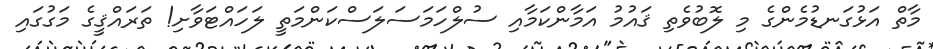
މާތް އަޅުގަނޑުމެންގެ މި ލޮބުވެތި ޤައުމު އަމާންކަމާއި ސުލްހަމަސަލަސްކަންމަތީ ލަހައްޓަވާށި! ތަރައްޤީގެ މަގުގައި